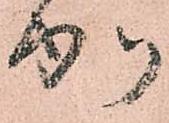
加